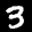
Label: 3